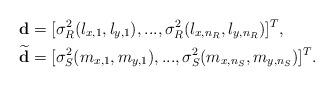
LaTeX: \begin{align*}\begin{aligned}\bold{d}&=[\sigma^2_{R}(l_{x,1},l_{y,1}),...,\sigma^2_{R}(l_{x,n_R},l_{y,n_R})]^{T},\\\widetilde{\bold{d}}&=[\sigma^2_{S}(m_{x,1},m_{y,1}),...,\sigma^2_{S}(m_{x,n_S},m_{y,n_S})]^{T}. \end{aligned}\end{align*}